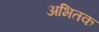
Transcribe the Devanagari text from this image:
अभितक